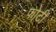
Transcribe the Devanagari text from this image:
फोटी